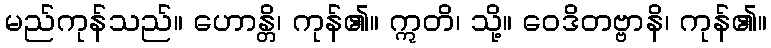
မည်ကုန်သည်။ ဟောန္တိ၊ ကုန်၏။ ဣတိ၊ သို့။ ဝေဒိတဗ္ဗာနိ၊ ကုန်၏။